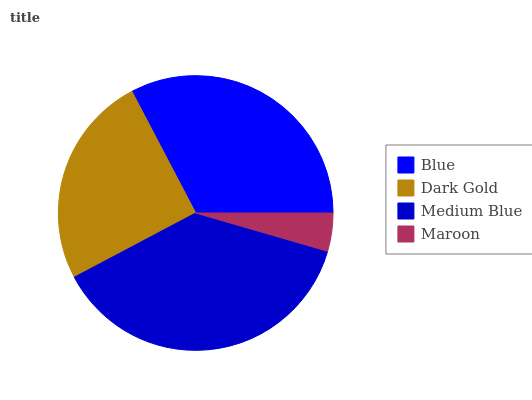
| Blue | Dark Gold | Medium Blue | Maroon |
 | --- | --- | --- | --- |
 | 32.7% | 25% | 37.8% | 4.5% |